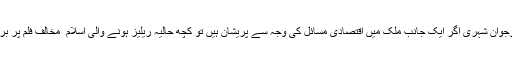
کچھ نوجوان شہری اگر ایک جانب ملک میں اقتصادی مسائل کی وجہ سے پریشان ہیں تو کچھ حالیہ ریلیز ہونے والی اسلام ٕ مخالف فلم پر برہم ہیں۔